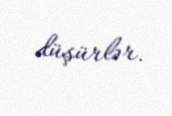
düşürlər.